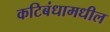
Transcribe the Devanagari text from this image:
कटिबंधामधील